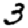
Digit: 3